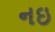
નઇ